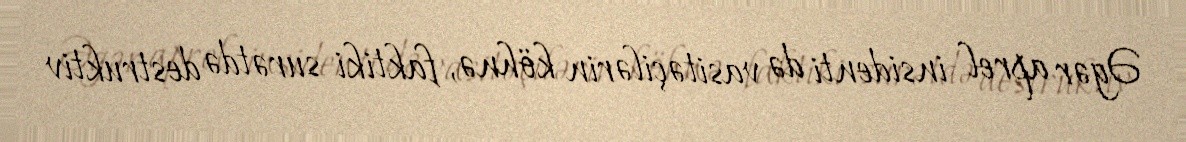
Əgər aprel insidenti də vasitəçilərin köhnə, faktiki surətdə destruktiv